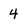
Character: 4